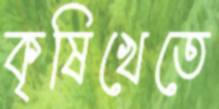
কৃষিখেতে